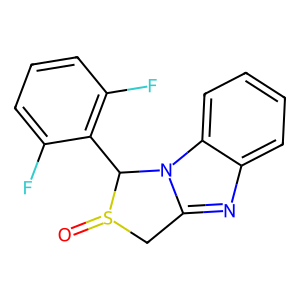
SMILES: O=S1Cc2nc3ccccc3n2C1c1c(F)cccc1F
Inhibits HIV replication: No